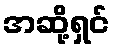
အဆို့ရှင်